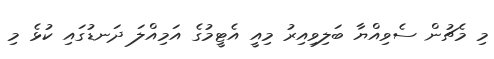
މި މެޗުން ސެވިއްޔާ ބަލިވިއިރު މިއީ އެޓީމުގެ އަމިއްލަ ދަނޑުގައި ކުޅެ މި